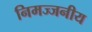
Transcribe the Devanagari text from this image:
निमज्जनीय